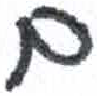
אות: ם